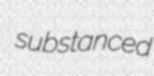
substanced